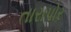
તારાપોર